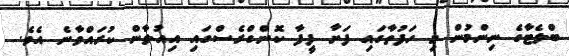
ބްލެޓާގެ ނިންމުން މި ހަފުތާގައި ފަށާ ފީފާ ކޮންގްރެސްގައި އިއުލާން ކުރައްވާނެ އެވެ.